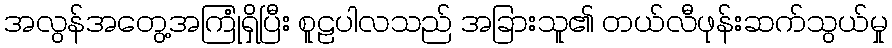
အလွန်အတွေ့အကြုံရှိပြီး စူဠပါလသည် အခြားသူ၏ တယ်လီဖုန်းဆက်သွယ်မှု